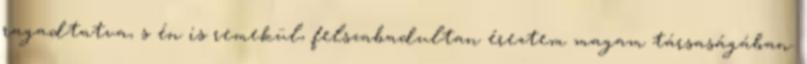
ragadtatva, s én is remekül, felszabadultan éreztem magam társaságában.